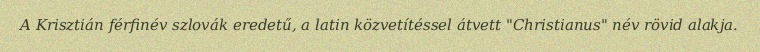
A Krisztián férfinév szlovák eredetű, a latin közvetítéssel átvett "Christianus" név rövid alakja.